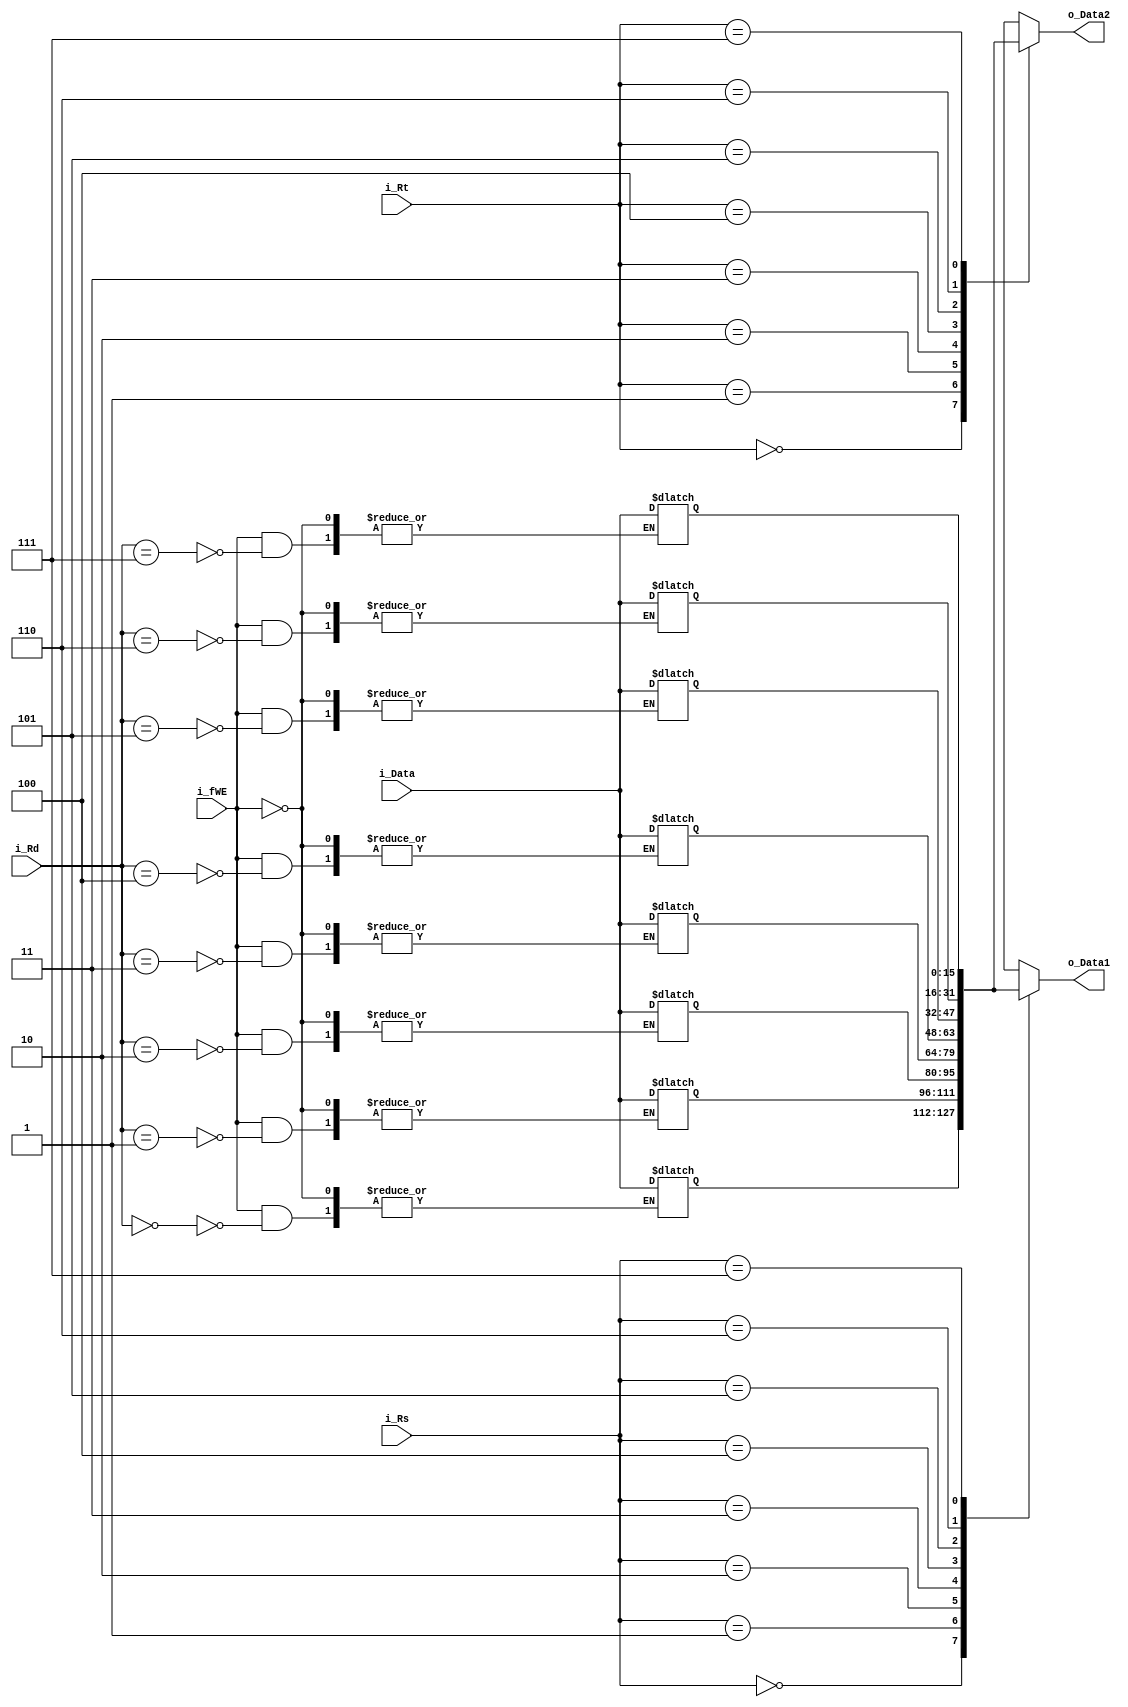
module Regfile(
	input [2:0] i_Rs,
	input [2:0] i_Rt,
	input [2:0] i_Rd,
	input i_fWE,
	input [15:0] i_Data,
	output [15:0] o_Data1,
	output [15:0] o_Data2
	);

reg [15:0] r_Reg[0:7]; 	//16-bit registers, 8 ea(3-bit)

integer i;
initial
begin
	for(i = 0; i < 8; i = i+1) 
		r_Reg[i] <= 0;	
end

always@* begin
	if(i_fWE) begin
		r_Reg[i_Rd] <= i_Data;
	end
end

assign o_Data1 = r_Reg[i_Rs];
assign o_Data2 = r_Reg[i_Rt];

endmodule